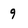
Character: 9